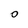
Character: 0